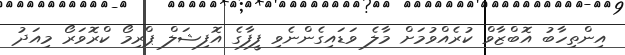
އިންތިހާބު އޮބްޒާވް ކުރެއްވުމަށް މާލެ ވަޑައިގެންނެވި ފީފާގެ އޮފިޝަލް ޕްރިމޯ ކްރޮވަރޯ މިއަދު